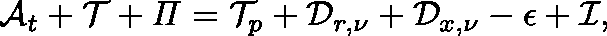
\mathcal { A } _ { t } + \mathcal { T } + \mathit { \Pi } = \mathcal { T } _ { p } + \mathcal { D } _ { r , \nu } + \mathcal { D } _ { x , \nu } - \mathcal { \epsilon } + \mathcal { I } ,